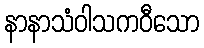
နာနာသံဝါသကဝီသော